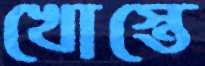
খোস্তে